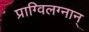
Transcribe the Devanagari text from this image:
प्राग्विलग्नान्